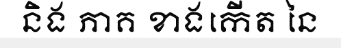
និង ភាគ ខាងកើត នៃ